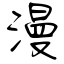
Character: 漫